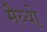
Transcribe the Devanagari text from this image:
मैय्यो